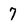
Character: 7